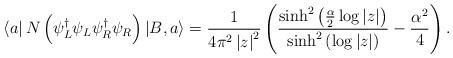
LaTeX: \begin{align*}\left\langle a\right| N\left( \psi _{L}^{\dagger }\psi _{L}\psi_{R}^{\dagger }\psi _{R}\right) \left| B,a\right\rangle =\frac{1}{4\pi^{2}\left| z\right| ^{2}}\left( \frac{\sinh ^{2}\left( \frac{\alpha }{2}\log\left| z\right| \right) }{\sinh ^{2}\left( \log \left| z\right| \right) }- \frac{\alpha ^{2}}{4}\right) . \end{align*}